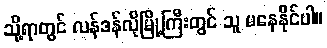
သို့ရာတွင် လန်ဒန်လိုမြို့ကြီးတွင် သူ မနေနိုင်ပါ။